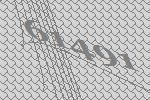
61491